Civil Veterinary Department Bihar reports 1936-40 - 1936-1940
Year: 1936
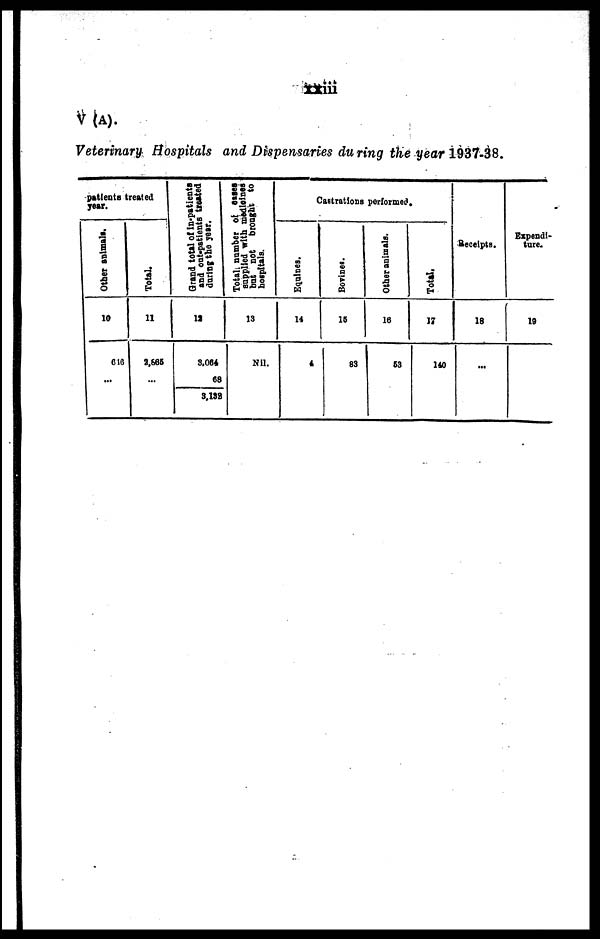
xxiii
V(A).
Veterinary Hospitals and Dispensaries during the year 1937-38.
patients treated
year.
Other animals.
10
616
...
Total.
11
2,885
...
Grand total of in-patients
and out-patients treated
during the year.
12
3,064
68
3,138
Total number of cases
supplied with medicines
but not brought to
hospitals.
13
Nil.
Castrations performed.
Equines.
14
4
Bovines.
16
83
Other animals.
16
63
Total.
17
140
Receipts.
18
...
Expendi-
ture.
19